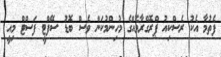
ފެތުމާ އެކު ރެސްކިއު ޕްރޮގްރާމެއްގެ މުހިންމުކަން ވެސް ބޮޑު ސޭފްޓީ ފަސްޓް މިއީ